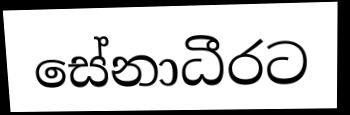
සේනාධීරට